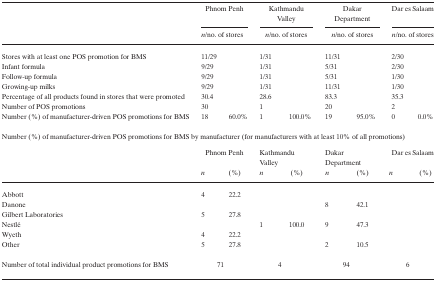
| <ROWSPAN=2>  | <COLSPAN=2> Phnom Penh | <COLSPAN=2> Kathmandu Valley | <COLSPAN=2> Dakar Department | <COLSPAN=2> Dar es Salaam |
 | <COLSPAN=2> n/no. of stores | <COLSPAN=2> n/no. of stores | <COLSPAN=2> n/no. of stores | <COLSPAN=2> n/no. of stores |
 | --- | --- | --- | --- | --- | --- | --- | --- | --- |
 | Stores with at least one POS promotion for BMS | 11/29 |  | 1/31 |  | 11/31 |  | 2/30 |
 | Infant formula | <COLSPAN=2> 9/29 | <COLSPAN=2> 1/31 | <COLSPAN=2> 5/31 | <COLSPAN=2> 2/30 |
 | Follow‐up formula | <COLSPAN=2> 9/29 | <COLSPAN=2> 1/31 | <COLSPAN=2> 5/31 | <COLSPAN=2> 1/30 |
 | Growing‐up milks | <COLSPAN=2> 9/29 | <COLSPAN=2> 1/31 | <COLSPAN=2> 11/31 | <COLSPAN=2> 1/30 |
 | Percentage of all products found in stores that were promoted | <COLSPAN=2> 30.4 | <COLSPAN=2> 28.6 | <COLSPAN=2> 83.3 | <COLSPAN=2> 35.3 |
 | Number of POS promotions | <COLSPAN=2> 30 | <COLSPAN=2> 1 | <COLSPAN=2> 20 | <COLSPAN=2> 2 |
 | Number (%) of manufacturer‐driven POS promotions for BMS | 18 | 60.0% | 1 | 100.0% | 19 | 95.0% | 0 | 0.0% |
 | <COLSPAN=9> Number (%) of manufacturer‐driven POS promotions for BMS by manufacturer (for manufacturers with at least 10% of all promotions) |
 |  | <COLSPAN=2> Phnom Penh | <COLSPAN=2> Kathmandu Valley | <COLSPAN=2> Dakar Department | <COLSPAN=2> Dar es Salaam |
 |  | n | (%) | n | (%) | n | (%) | n | (%) |
 | Abbott | 4 | 22.2 |  |  |  |  |  |  |
 | Danone |  |  |  |  | 8 | 42.1 |  |  |
 | Gilbert Laboratories | 5 | 27.8 |  |  |  |  |  |  |
 | Nestlé |  |  | 1 | 100.0 | 9 | 47.3 |  |  |
 | Wyeth | 4 | 22.2 |  |  |  |  |  |  |
 | Other | 5 | 27.8 |  |  | 2 | 10.5 |  |  |
 | Number of total individual product promotions for BMS | <COLSPAN=2> 71 | <COLSPAN=2> 4 | <COLSPAN=2> 94 | <COLSPAN=2> 6 |